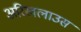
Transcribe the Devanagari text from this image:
अरिखलाउस